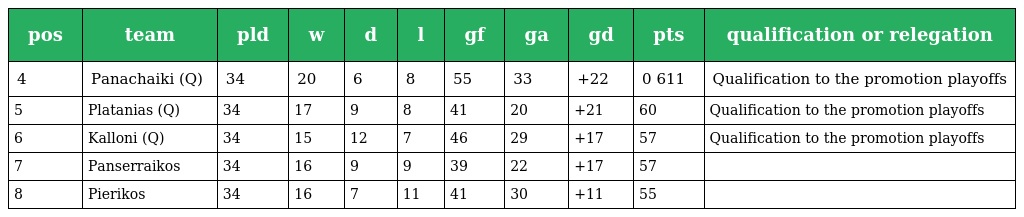
| pos | team | pld | w | d | l | gf | ga | gd | pts | qualification or relegation |
 | --- | --- | --- | --- | --- | --- | --- | --- | --- | --- | --- |
 | 4 | Panachaiki (Q) | 34 | 20 | 6 | 8 | 55 | 33 | +22 | 0 611 | Qualification to the promotion playoffs |
 | 5 | Platanias (Q) | 34 | 17 | 9 | 8 | 41 | 20 | +21 | 60 | Qualification to the promotion playoffs |
 | 6 | Kalloni (Q) | 34 | 15 | 12 | 7 | 46 | 29 | +17 | 57 | Qualification to the promotion playoffs |
 | 7 | Panserraikos | 34 | 16 | 9 | 9 | 39 | 22 | +17 | 57 |  |
 | 8 | Pierikos | 34 | 16 | 7 | 11 | 41 | 30 | +11 | 55 |  |